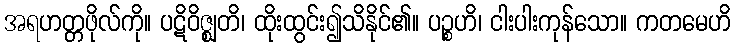
အရဟတ္တဖိုလ်ကို။ ပဋိဝိဇ္ဈတိ၊ ထိုးထွင်း၍သိနိုင်၏။ ပဉ္စဟိ၊ ငါးပါးကုန်သော။ ကတမေဟိ